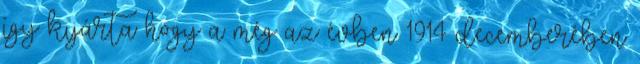
így kijárta hogy a még az évben 1914 decemberében